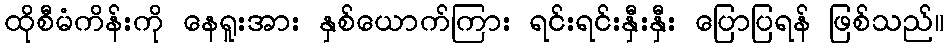
ထိုစီမံကိန်းကို နေရူးအား နှစ်ယောက်ကြား ရင်းရင်းနှီးနှီး ပြောပြရန် ဖြစ်သည်။